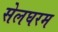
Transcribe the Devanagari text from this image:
सेलघरम